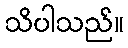
သိပါသည်။